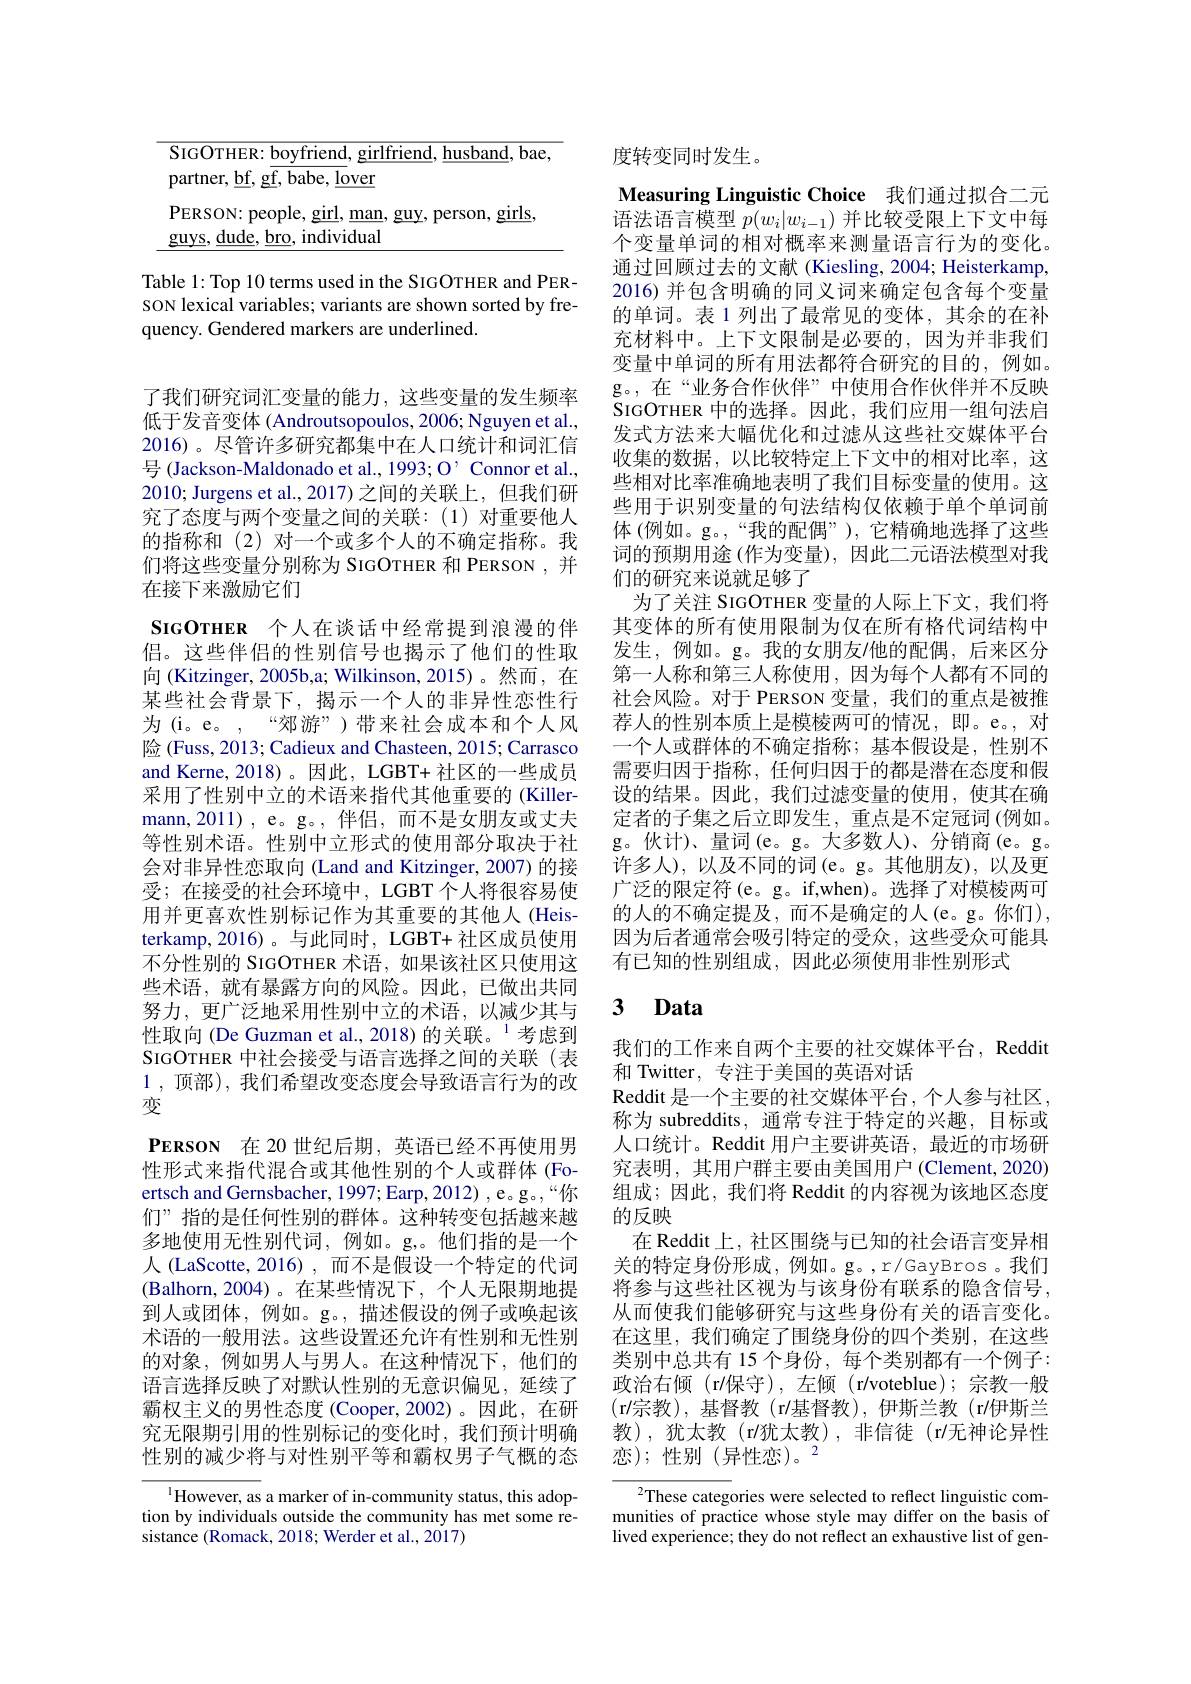
<table>
	<tbody>
		<tr>
			<td>L</td>
			<td>HER: boyfriend, girlfriend, husband, bae</td>
		</tr>
		<tr>
			<td> </td>
			<td>r, $\underline {bf}$, $\underline {gf}$, $\underline {babe}$, $\underline {lover}$</td>
		</tr>
		<tr>
			<td> </td>
			<td>N: people. girl. man. s guy, person, girls,</td>
		</tr>
		<tr>
			<td> </td>
			<td>${\mathrm{dude,bro,~individual}}$</td>
		</tr>
	</tbody>
</table>

Table 1: Top 10 terms used in the SIGOTHER and PERSON lexical variables; variants are shown sorted by frequency. Gendered markers are underlined.

了我们研究词汇变量的能力，这些变量的发生频率低于发音变体 (Androutsopoulos, 2006; Nguyen et al., 2016)。尽管许多研究都集中在人口统计和词汇信号 (Jackson-Maldonado et al., 1993; O' Connor et al., 2010; Jurgens et al.,2017)之间的关联上，但我们研究了态度与两个变量之间的关联：(1)对重要他人的指称和 (2)对一个或多个人的不确定指称。我们将这些变量分别称为 SIGOTHER 和 PERSON ,并在接下来激励它们
SIGOTHER 个人在谈话中经常提到浪漫的伴侣。这些伴侣的性别信号也揭示了他们的性取向 (Kitzinger, 2005b,a; Wilkinson, 2015)。然而，在某些社会背景下，揭示一个人的非异性恋性行为(i。e。,“郊游”)带来社会成本和个人风险 (Fuss, 2013; Cadieux and Chasteen, 2015; Carrasco and Kerne,2018)。因此，LGBT+社区的一些成员采用了性别中立的术语来指代其他重要的(Killermann,2011),e。g。,伴侣，而不是女朋友或丈夫等性别术语。性别中立形式的使用部分取决于社会对非异性恋取向 (Land and Kitzinger, 2007) 的接受；在接受的社会环境中，LGBT 个人将很容易使用并更喜欢性别标记作为其重要的其他人(Heisterkamp,2016)。与此同时，LGBT+社区成员使用不分性别的 SIGOTHER 术语，如果该社区只使用这些术语，就有暴露方向的风险。因此，已做出共同努力，更广泛地采用性别中立的术语，以减少其与性取向(De Guzman et al., 2018)的关联。$^{1}$考虑到SIGOTHER 中社会接受与语言选择之间的关联(表1 , 顶部),我们希望改变态度会导致语言行为的改变
PERSON 在 20 世纪后期，英语已经不再使用男性形式来指代混合或其他性别的个人或群体 (Foertsch and Gernsbacher, 1997; Earp, 2012) , e。g。,“你们”指的是任何性别的群体。这种转变包括越来越多地使用无性别代词，例如。g,。他们指的是一个人(LaScotte,2016),而不是假设一个特定的代词(Balhorn, 2004)。在某些情况下，个人无限期地提到人或团体，例如。g。,描述假设的例子或唤起该术语的一般用法。这些设置还允许有性别和无性别的对象，例如男人与男人。在这种情况下，他们的语言选择反映了对默认性别的无意识偏见，延续了霸权主义的男性态度 (Cooper,2002)。因此，在研究无限期引用的性别标记的变化时，我们预计明确性别的减少将与对性别平等和霸权男子气概的态
$^{1}$However, as a marker of in-community status, this adop-

tion by individuals outside the community has met some re-
sistance (Romack, 2018; Werder et al., 2017)

度转变同时发生。
Measuring Linguistic Choice 我们通过拟合二元$\bar{\text{语法语言模型 }p(w_i|w_{i-1})\text{ 并比较受限上下文中每}}$ 个变量单词的相对概率来测量语言行为的变化。通过回顾过去的文献(Kiesling, 2004; Heisterkamp, 2016) 并包含明确的同义词来确定包含每个变量的单词。表 1 列出了最常见的变体，其余的在补充材料中。上下文限制是必要的，因为并非我们变量中单词的所有用法都符合研究的目的，例如。g。,在“业务合作伙伴”中使用合作伙伴并不反映SIGOTHER 中的选择。因此，我们应用一组句法启发式方法来大幅优化和过滤从这些社交媒体平台收集的数据，以比较特定上下文中的相对比率，这些相对比率准确地表明了我们目标变量的使用。这些用于识别变量的句法结构仅依赖于单个单词前体 (例如。g。,“我的配偶”),它精确地选择了这些词的预期用途 (作为变量),因此二元语法模型对我们的研究来说就足够了
为了关注 SIGOTHER 变量的人际上下文，我们将其变体的所有使用限制为仅在所有格代词结构中发生，例如。g。我的女朋友/他的配偶，后来区分第一人称和第三人称使用，因为每个人都有不同的社会风险。对于 PERSON 变量，我们的重点是被推荐人的性别本质上是模棱两可的情况，即。e。,对一个人或群体的不确定指称；基本假设是，性别不需要归因于指称，任何归因于的都是潜在态度和假设的结果。因此，我们过滤变量的使用，使其在确定者的子集之后立即发生，重点是不定冠词(例如。g。伙计)、量词(e。g。大多数人)、分销商(e。g。许多人),以及不同的词(e。g。其他朋友),以及更广泛的限定符(e。g。if,when)。选择了对模棱两可的人的不确定提及，而不是确定的人(e。g。你们), 因为后者通常会吸引特定的受众，这些受众可能具有已知的性别组成，因此必须使用非性别形式

### $3\textbf{ Data}$

我们的工作来自两个主要的社交媒体平台，Reddit
和 Twitter, 专注于美国的英语对话
Reddit 是 一 个 主 要 的 社 交 媒 体 平 台 , 个 人 参 与 社 区 , 称为 subreddits, 通常专注于特定的兴趣，目标或人口统计。Reddit 用户主要讲英语，最近的市场研究表明，其用户群主要由美国用户(Clement,2020) 组成；因此，我们将 Reddit 的内容视为该地区态度的反映
在 Reddit 上，社区围绕与已知的社会语言变异相关的特定身份形成，例如。g。,r/GayBros。我们将参与这些社区视为与该身份有联系的隐含信号， 从而使我们能够研究与这些身份有关的语言变化。在这里，我们确定了围绕身份的四个类别，在这些类别中总共有 15 个身份，每个类别都有一个例子： 政治右倾(r/保守),左倾(r/voteblue);宗教一般(r/宗教),基督教(r/基督教),伊斯兰教(r/伊斯兰教),犹太教(r/犹太教),非信徒(r/无神论异性恋);性别(异性恋)。2

$^2$These categories were selected to reflect linguistic communities of practice whose style may differ on the basis of lived experience; they do not reflect an exhaustive list of gen-